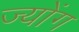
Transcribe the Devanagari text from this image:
ज्योंग